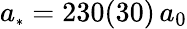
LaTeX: a_{\scriptscriptstyle*}=230(30)\, a_{0}